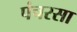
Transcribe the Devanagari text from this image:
पंचरसा